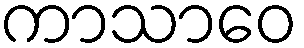
ကာသာဝေ